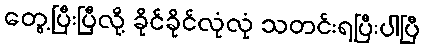
တွေ့ပြီးပြီလို့ ခိုင်ခိုင်လုံလုံ သတင်းရပြီးပါပြီ